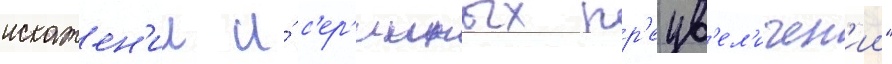
искажен'ии и́ с'ер'ииных пр'еув'ел'ичен'ии"